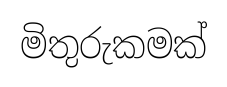
මිතුරුකමක්